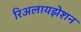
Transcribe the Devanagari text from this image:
रिअलायझेशन